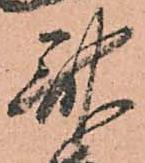
斎